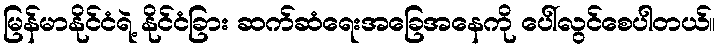
မြန်မာနိုင်ငံရဲ့ နိုင်ငံခြား ဆက်ဆံရေးအခြေအနေကို ပေါ်လွင်စေပါတယ်။